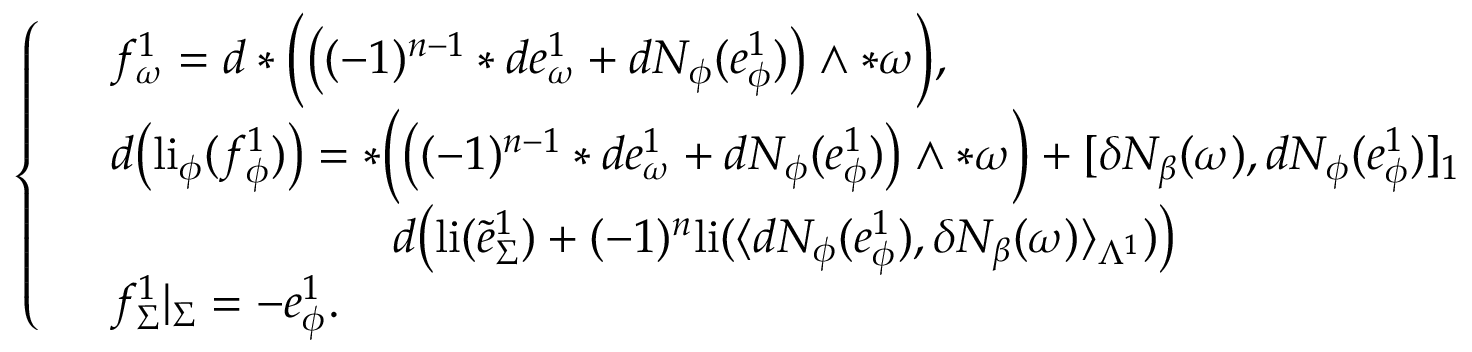
\left\{ \begin{array} { l l } & { f _ { \omega } ^ { 1 } = d \ast \Big ( \big ( ( - 1 ) ^ { n - 1 } \ast d e _ { \omega } ^ { 1 } + d N _ { \phi } ( e _ { \phi } ^ { 1 } ) \big ) \wedge \ast \omega \Big ) , } \\ & { d \big ( \mathrm { l i } _ { \phi } ( f _ { \phi } ^ { 1 } ) \big ) = \ast \Big ( \big ( ( - 1 ) ^ { n - 1 } \ast d e _ { \omega } ^ { 1 } + d N _ { \phi } ( e _ { \phi } ^ { 1 } ) \big ) \wedge \ast \omega \Big ) + [ \delta N _ { \beta } ( \omega ) , d N _ { \phi } ( e _ { \phi } ^ { 1 } ) ] _ { 1 } } \\ & { \qquad \qquad \qquad d \big ( \mathrm { l i } ( \tilde { e } _ { \Sigma } ^ { 1 } ) + ( - 1 ) ^ { n } \mathrm { l i } ( \langle d N _ { \phi } ( e _ { \phi } ^ { 1 } ) , \delta N _ { \beta } ( \omega ) \rangle _ { \Lambda ^ { 1 } } ) \big ) } \\ & { f _ { \Sigma } ^ { 1 } | _ { \Sigma } = - e _ { \phi } ^ { 1 } . } \end{array} \right.